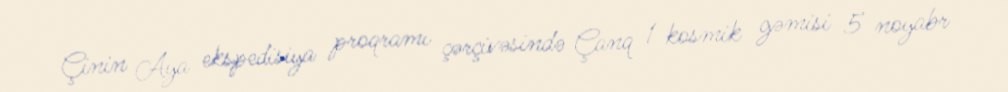
Çinin Aya ekspedisiya proqramı çərçivəsində Çanq 1 kosmik gəmisi 5 noyabr